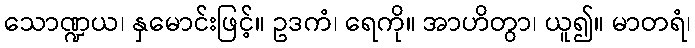
သောဏ္ဍယ၊ နှမောင်းဖြင့်။ ဥဒကံ၊ ရေကို။ အာဟိတွာ၊ ယူ၍။ မာတရံ၊